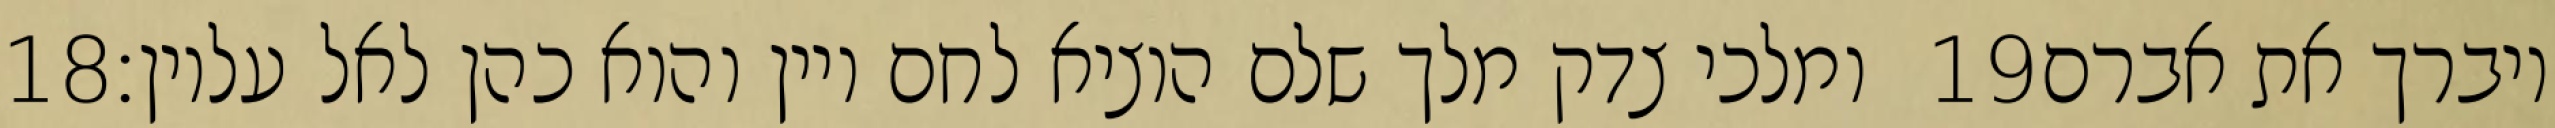
‎18‏ ומלכי צדק מלך שלם הוציא לחם ויין והוא כהן לאל עליון׃ ‎19‏ ויברך את אברם